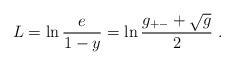
LaTeX: \begin{align*}L= \ln \frac{e}{1-y}=\ln \frac{g_{+-}+\sqrt{g}}{2}\ . \end{align*}